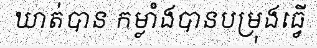
ឃាត់បាន កម្លាំងបានបម្រុងធ្វើ